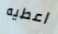
اعطيه